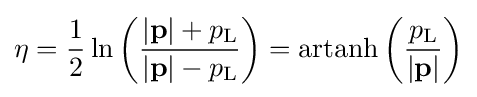
\eta ={\frac {1}{2}}\ln \left({\frac {\left|\mathbf {p} \right|+p_{\text{L}}}{\left|\mathbf {p} \right|-p_{\text{L}}}}\right)=\operatorname {artanh} \left({\frac {p_{\text{L}}}{\left|\mathbf {p} \right|}}\right)